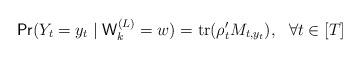
LaTeX: \begin{align*} {\sf Pr}(Y_t = y_t \mid {\sf W}_k^{(L)}=w) = \mbox{tr}(\rho_t' M_{t,y_t}), ~~\forall t\in[T]\end{align*}